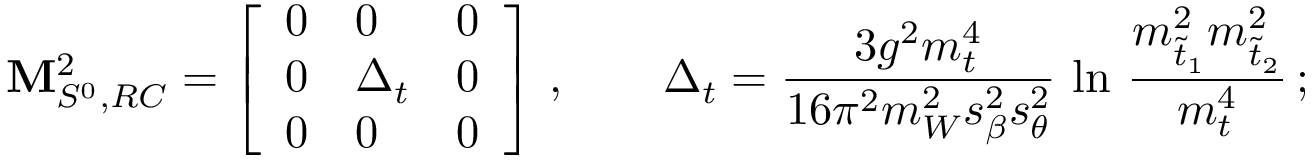
{ \mathbf M _ { S ^ { 0 } , R C } ^ { 2 } } = \left[ \begin{array} { l l l } { { 0 } } & { { 0 } } & { { 0 } } \\ { { 0 } } & { { \Delta _ { t } } } & { { 0 } } \\ { { 0 } } & { { 0 } } & { { 0 } } \end{array} \right] \, , \qquad \Delta _ { t } = { \frac { 3 g ^ { 2 } m _ { t } ^ { 4 } } { 1 6 \pi ^ { 2 } m _ { W } ^ { 2 } s _ { \beta } ^ { 2 } s _ { \theta } ^ { 2 } } } \, \ln \, { \frac { m _ { \tilde { t } _ { 1 } } ^ { 2 } m _ { \tilde { t } _ { 2 } } ^ { 2 } } { m _ { t } ^ { 4 } } } \, ;